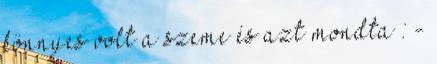
könnyes volt a szeme és azt mondta : -